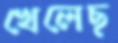
খেলেছ